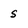
Character: S